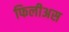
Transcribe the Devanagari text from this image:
फिलीअस